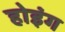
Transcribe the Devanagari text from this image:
होइंग